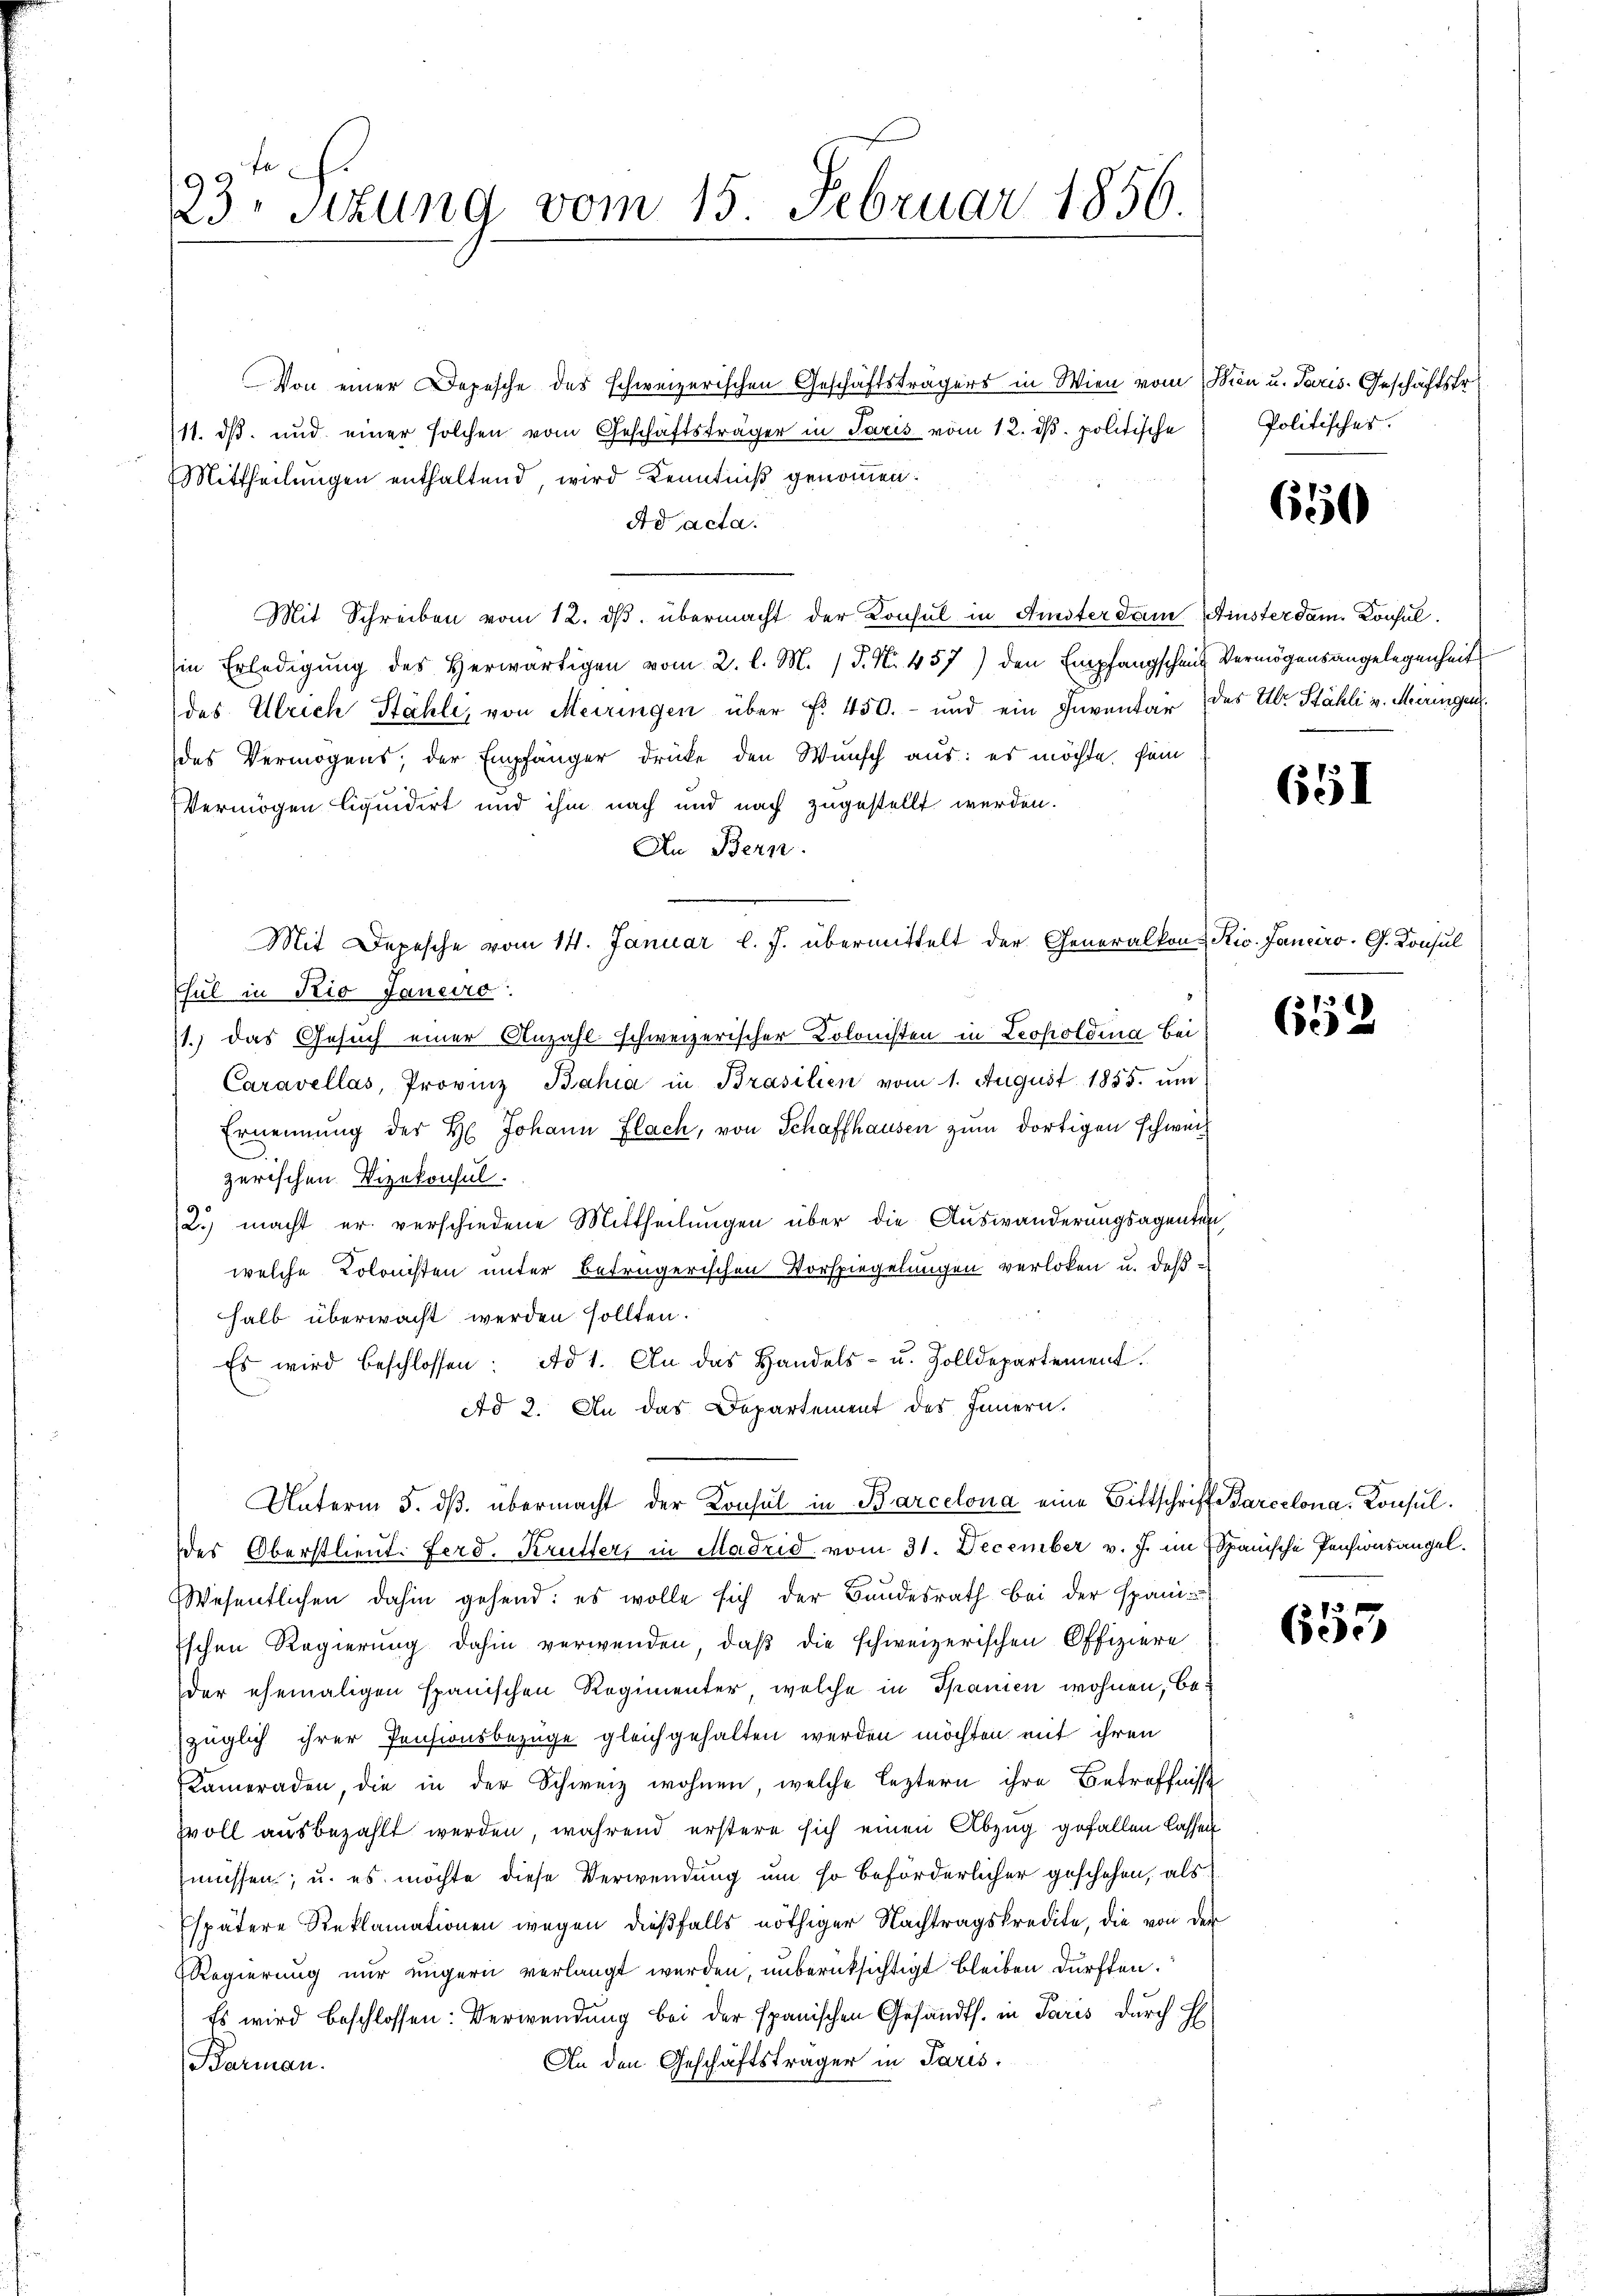
23. Sitzung vom 15. Februar 1856.

Von einer Depesche des schweizerischen Geschäftsträgers in Wien vom Wien u. Paris. Geschäftstr.
11. ds. und einer solchen vom Geschäftsträger in Paris vom 12. dβ. politische
Mittheilungen enthaltend, wird Kenntniß genommen.
Ad acta.
Mit Schreiben vom 12. ds. übermacht der Konsul in Amster dam Fisterdam Konsul
in Erledigung des Herwärtigen vom 2. l. M. (§. N. 457) den Empfangschaut Vermögensangelegenheit
des Ulrich Stähli, von Meiringen über f. 450.- und ein Inventar des Ubr. Stähli v. Meiringen
des Vermögens; der Empfänger drücke den Wunsch aus: es möchte, fein
Vermögen liquidirt und ihm nach und nach zugestellt werden.
An Bern.
Mit Depesche vom 14. Januar l. J. übermittelt der Generalkon-Kic. Fanciro- G. Konsul
Esul in Rio Janeiro
11.) das Gesuch einer Anzahl schweizerischer Kolonisten in Leopoldina Bei
Caravellos, Provinz Bahia in Brasilien vom 1. August 1855. ŭm
Ernennung der H. Johann Flach, von Schaffhausen zŭm dortigen schweiz
zerischen Vizekonsul
2.) macht er verschiedene Mittheilungen über die Auswanderungsagenten
welche Kolonisten unter betrügerischen Vorspiegelungen verloben u. daß
halb überwacht werden sollten.
Es wird beschlossen: Ad 1. An das Handels- u. Zolldepartement.
Ad 2. An das Departement des Innern.
Unterm 5. dβ. übermacht der Konsul in Barcelona eine Bittschrift Parcelona, Konsuldes Oberstlieut. Ferd. Krutters in Madrid vom 31. December v. J. im Spanische Pensionsangel¬
Wesentlichen dahin gehend: es wolle sich der Bundesrath bei der Spani-
Eschen Regierung dahin verwenden, daß die schweizerischen Offiziere
der ehemaligen spanischen Regimenter, welche in Spanien wohnen, bezüglich ihrer Pensionsbezüge gleichgehalten werden möchten mit ihren
Kameraden, die in der Schweiz wohnen, welche leztern ihre Betreffnisse
Zoll ausbezahlt werden, während erstere sich einen Abzug gefallen lassen
müssen, u. es möchte diese Verwendung um so beförderlicher geschehen, als
Espätere Reklamationen wegen dießfalls nöthiger Nachtragskredite, die von der
Regierung nur ungern verlangt werden, unberücksichtigt bleiben dürften.
Es wird beschlossen: Verwendung bei der spanischen Gesandts. in Paris durch H
An den Geschäftsträger in Paris.
Barman.

Politisches.

650

651

62

653